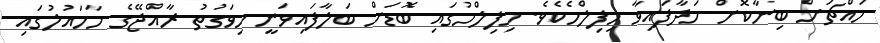
މައްޗަށް ބިނާކޮށް ހަދާފައިވާ މިފިލްމެކެވެ. މިފިލްމުގައި ބޮޑަށް ބަލާފައިވަނީ މިވަގުތު ރާއްޖޭގެ މާހައުލުގައި